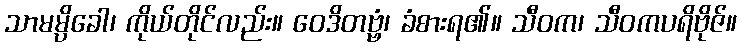
သာမမ္ပိခေါ၊ ကိုယ်တိုင်လည်း။ ဝေဒိတဗ္ဗံ၊ ခံစားရ၏။ သီဝက၊ သီဝကပရိဗိုဇ်။